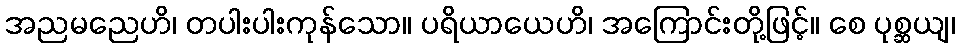
အညမညေဟိ၊ တပါးပါးကုန်သော။ ပရိယာယေဟိ၊ အကြောင်းတို့ဖြင့်။ စေ ပုစ္ဆယျ၊